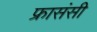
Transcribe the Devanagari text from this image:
फ्रासंसी